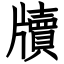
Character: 牘